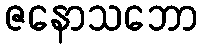
ဇနောသဘော